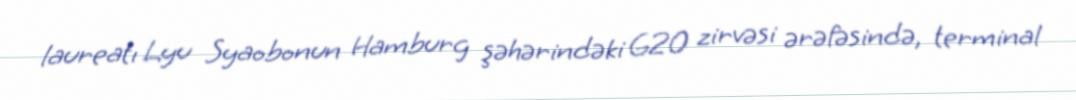
laureatı Lyu Syaobonun Hamburg şəhərindəki G20 zirvəsi ərəfəsində, terminal